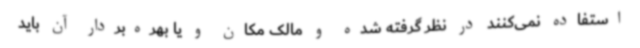
استفاده نمی‌کنند در نظر گرفته شده و مالک مکان و یا بهره‌بردار آن باید